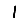
Digit: 1